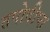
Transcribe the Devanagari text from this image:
तपोदीप्त